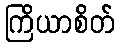
ကြိယာစိတ်